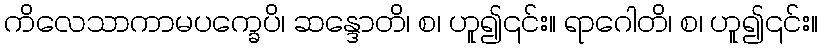
ကိလေသာကာမပက္ခေပိ၊ ဆန္ဒောတိ၊ စ၊ ဟူ၍၎င်း။ ရာဂေါတိ၊ စ၊ ဟူ၍၎င်း။